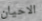
الاحيان